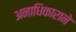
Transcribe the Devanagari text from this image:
अनाधिकाराने